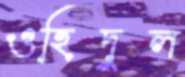
ওহিদুল